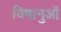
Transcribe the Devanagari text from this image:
विषानुओं